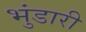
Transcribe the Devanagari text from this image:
भुंडारी